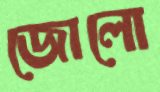
জোলো